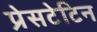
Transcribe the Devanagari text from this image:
प्रेसटेटिन